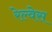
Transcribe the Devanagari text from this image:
रेल्वेस